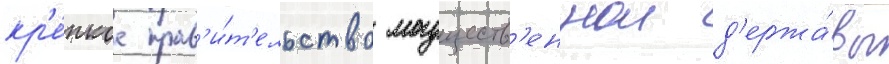
кр'е́пкое прав'и́т'ельство могуществ'еннои д'ержа́вы